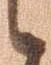
候